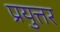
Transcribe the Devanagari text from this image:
प्रयुत्तर